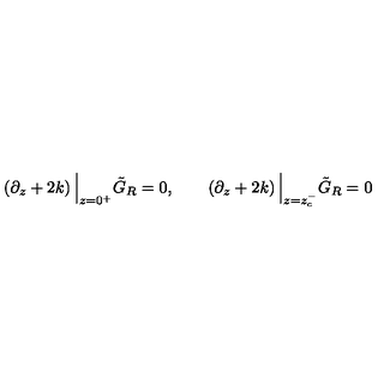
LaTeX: \left( \partial _ { z } + 2 k \right) \Big \vert _ { z = 0 ^ { + } } \tilde { G } _ { R } = 0 , \qquad \left( \partial _ { z } + 2 k \right) \Big \vert _ { z = z _ { c } ^ { - } } \tilde { G } _ { R } = 0